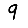
Digit: 9